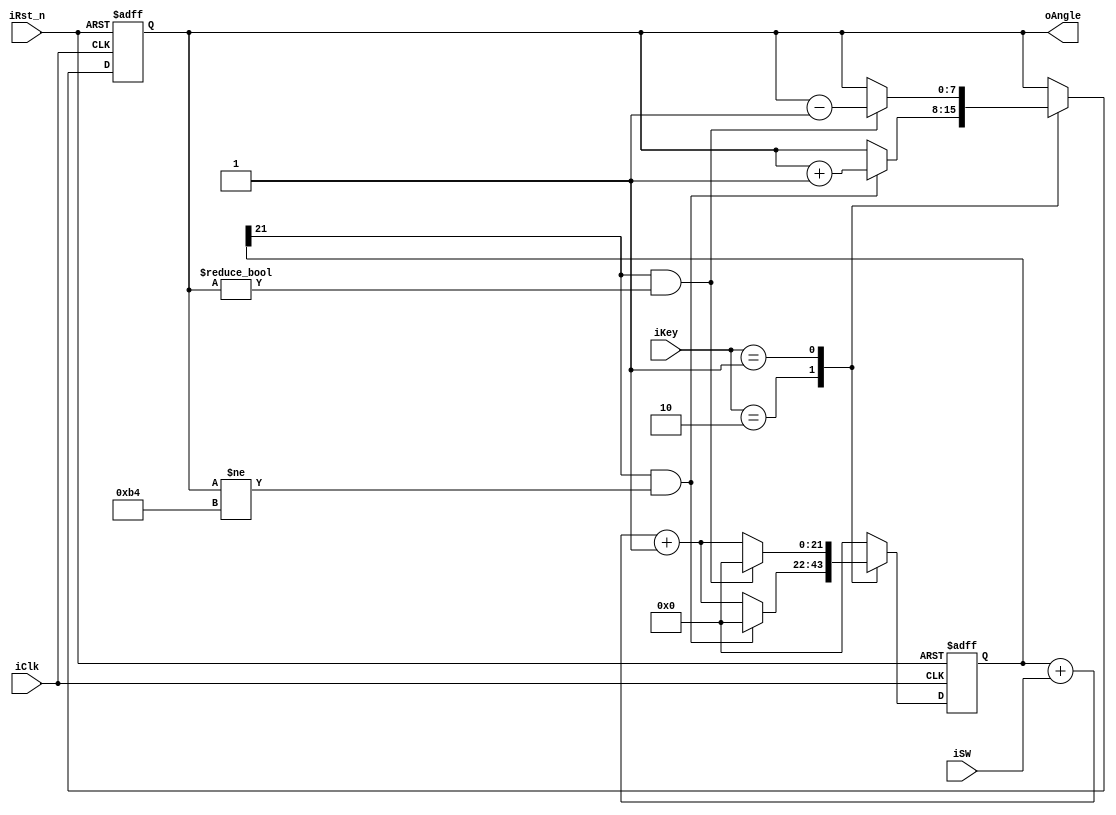

module Motor_Speed(

	input iClk,
	input iRst_n,
	input [1:0] iKey,
	input [1:0] iSW,
	output reg [7:0] oAngle
	);
	
	`define AdjAngle 1
	`define MAX_Angle 180
	`define MIN_Angle 0
	
	initial
	begin
		oAngle <= 8'd90;
	end
	
	reg [21:0] count;
	
	always @ (posedge iClk or negedge iRst_n)
	begin
		if (!iRst_n)
		begin
			oAngle <= 8'd60;
			count <= 0;
		end
		else
		begin
			case(iKey)
				2'b10:
				begin
					if (count[21] & (oAngle != `MAX_Angle))
					begin
						count <= 0;
						oAngle <= oAngle + `AdjAngle;
					end
					else
						count <= count + iSW + 1;
				end
				2'b01:
				begin
					if (count[21] & (oAngle != `MIN_Angle))
					begin
						count <= 0;
						oAngle <= oAngle - `AdjAngle;
					end
					else
						count <= count + iSW + 1;
				end
				default: count <= 0;
			endcase
		end
	end
	
endmodule